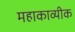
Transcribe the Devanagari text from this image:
महाकाव्यीक